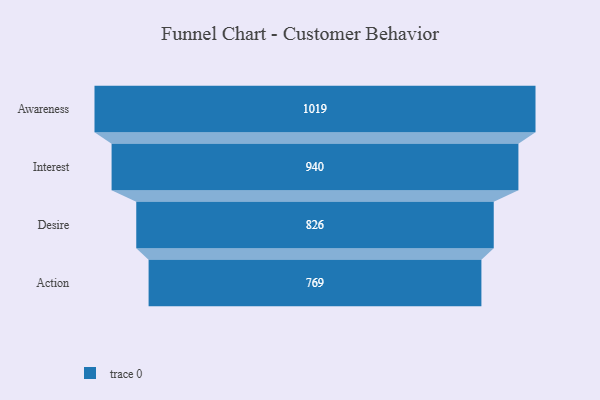
{"axis": {"x": "Stage", "y": "Value"}, "legend": [""], "data": [{"x": "Awareness", "y": 1019.0, "type": ""}, {"x": "Interest", "y": 940.0, "type": ""}, {"x": "Desire", "y": 826.0, "type": ""}, {"x": "Action", "y": 769.0, "type": ""}]}